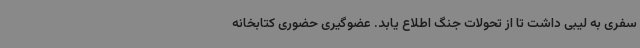
سفری به لیبی داشت تا از تحولات جنگ اطلاع یابد. عضوگیری حضوری کتابخانه